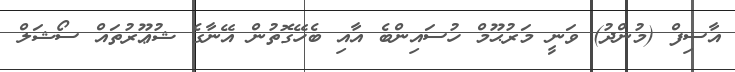
އާސިފް (މުންދު) ވަނީ މަރުޙޫމް ހުސައިންބެ އާއި ބެހޭގޮތުން އޭނާގެ ޝުޢޫރުތައް ސޯޝަލް